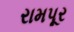
રામપૂર